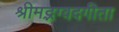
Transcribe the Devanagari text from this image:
श्रीमद्भग्वदगीता